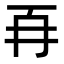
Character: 𭁡